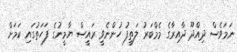
ނަމަވެސް ދިއްދޫ ދާއިރާގެ މެމްބަރު ލަތީފު ހުންނެވީ ރައީސް ޔާމީނުގެ ފަހަތުގައި ކަމަށް